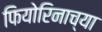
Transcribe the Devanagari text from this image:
फियोरिनाच्या